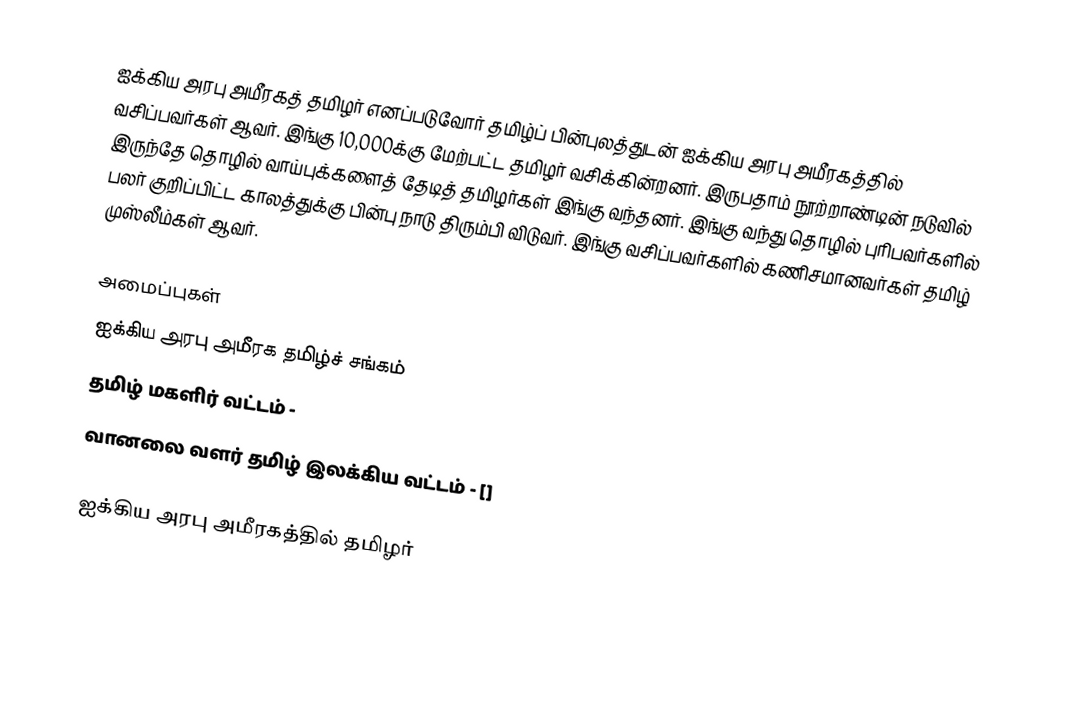
ஐக்கிய அரபு அமீரகத் தமிழர் எனப்படுவோர் தமிழ்ப் பின்புலத்துடன் ஐக்கிய அரபு அமீரகத்தில் வசிப்பவர்கள் ஆவர்.  இங்கு 10,000க்கு மேற்பட்ட தமிழர் வசிக்கின்றனர்.  இருபதாம் நூற்றாண்டின் நடுவில் இருந்தே தொழில் வாய்புக்களைத் தேடித் தமிழர்கள் இங்கு வந்தனர்.  இங்கு வந்து தொழில் புரிபவர்களில் பலர் குறிப்பிட்ட காலத்துக்கு பின்பு நாடு திரும்பி விடுவர். இங்கு வசிப்பவர்களில் கணிசமானவர்கள் தமிழ் முஸ்லீம்கள் ஆவர்.

அமைப்புகள்
 ஐக்கிய அரபு அமீரக தமிழ்ச் சங்கம்
 தமிழ் மகளிர் வட்டம் -
 வானலை வளர் தமிழ் இலக்கிய வட்டம் - []

ஐக்கிய அரபு அமீரகத்தில் தமிழர்